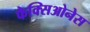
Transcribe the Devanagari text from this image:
फैक्सिओनेस